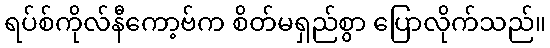
ရပ်စ်ကိုလ်နီကော့ဗ်က စိတ်မရှည်စွာ ပြောလိုက်သည်။